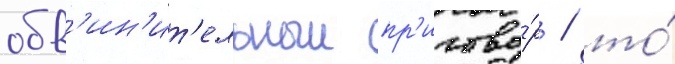
обв'ин'ит'ельныи пр'игово́р / то́